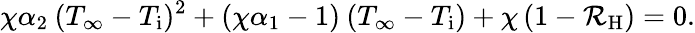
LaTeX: \chi\alpha_{2}\: (T_{\infty}-T_{\mathrm{i}})^{2}+\left(\chi\alpha_{1}-1\right)\: (T_{\infty}-T_{\mathrm{i}})+\chi\left(1-\mathcal{R}_{\mathrm{H}}\right)=0.